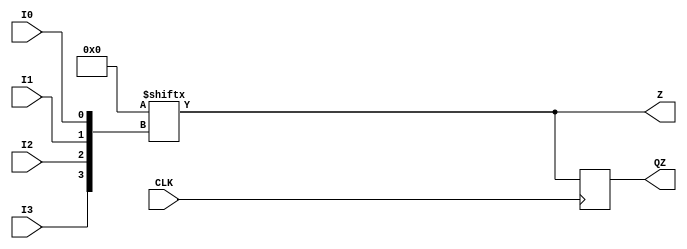
module LUT_FF_MACRO (I0, I1, I2, I3, CLK, Z, QZ);

    // LUT inputs
    (* NO_SEQ *)
    input  wire  I0;
    (* NO_SEQ *)
    input  wire  I1;
    (* NO_SEQ *)
    input  wire  I2;
    (* NO_SEQ *)
    input  wire  I3;

    // Clock input
    input  wire  CLK;

    // Combinational LUT output
    (* DELAY_CONST_I0="1e-10" *)
    (* DELAY_CONST_I1="1e-10" *)
    (* DELAY_CONST_I2="1e-10" *)
    (* DELAY_CONST_I3="1e-10" *)
    output wire  Z;

    // Registered LUT output
    (* DELAY_CONST_I0="2e-10" *)
    (* DELAY_CONST_I1="2e-10" *)
    (* DELAY_CONST_I2="2e-10" *)
    (* DELAY_CONST_I3="2e-10" *)
    (* CLK_TO_Q="CLK 1e-10" *)
    (* SETUP="CLK 1e-10" *)
    (* HOLD="CLK 1e-10" *)
    output reg   QZ;

    // LUT behavioral model
    parameter [15:0] INIT = 16'd0;
    assign Z = INIT[{I3, I2, I1, I0}];

    // FF behavioral model    
    always @(posedge CLK)
        QZ <= Z;

endmodule